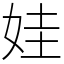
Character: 娃